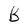
Character: B